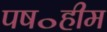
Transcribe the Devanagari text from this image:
पष॰हीम